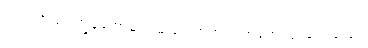
ယင်းသို့ဖြင့် ကျွန်တော့်မှာ ဝမ်းရေးအတွက် အခက်ကြုံရလေသည်။